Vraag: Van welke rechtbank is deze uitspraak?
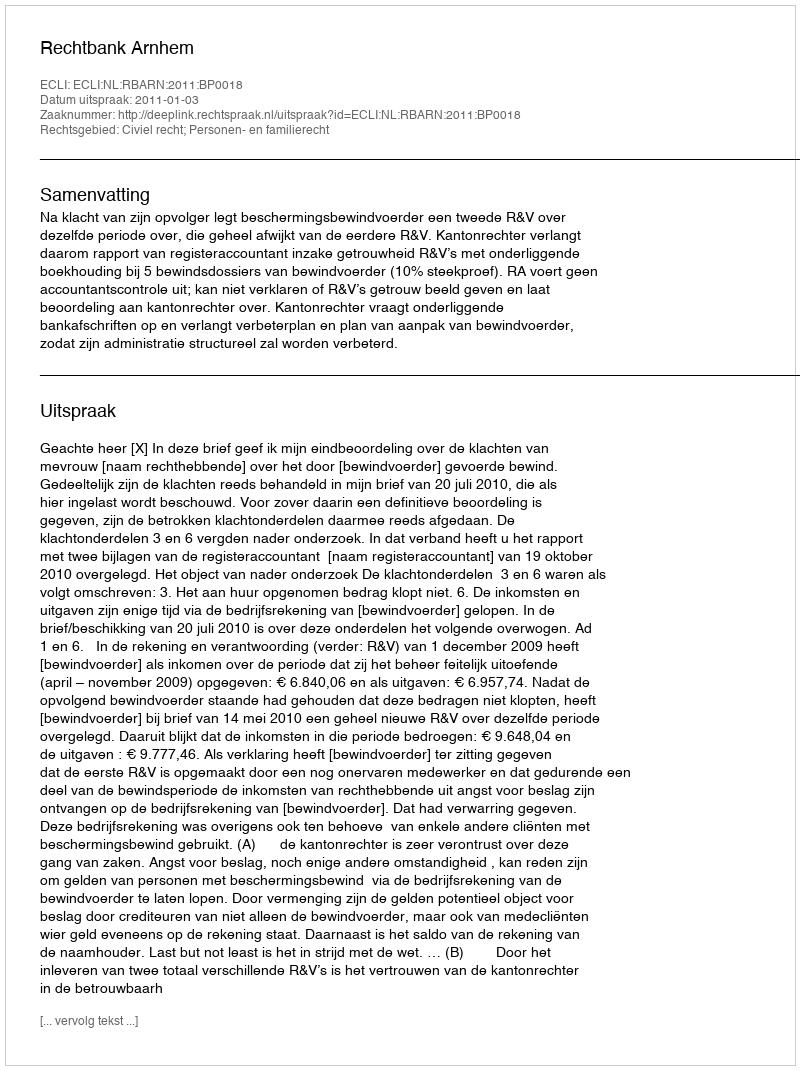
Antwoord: Rechtbank Arnhem